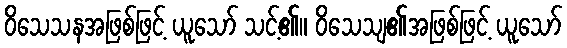
ဝိသေသနအဖြစ်ဖြင့် ယူသော် သင့်၏။ ဝိသေသျ၏အဖြစ်ဖြင့် ယူသော်